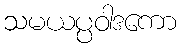
သမယပ္ပဝါဒကော